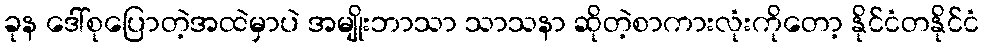
ခုန ဒေါ်စုပြောတဲ့အထဲမှာပဲ အမျိုးဘာသာ သာသနာ ဆိုတဲ့စာကားလုံးကိုတော့ နိုင်ငံတနိုင်ငံ